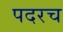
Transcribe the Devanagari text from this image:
पदरच